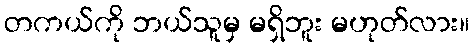
တကယ်ကို ဘယ်သူမှ မရှိဘူး မဟုတ်လား။